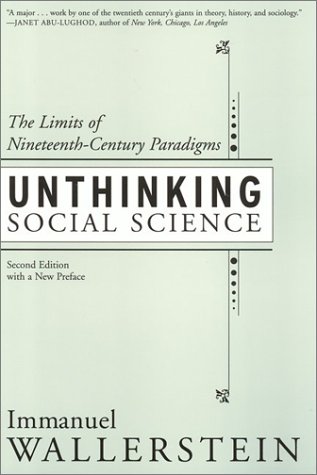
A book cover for Unthinking Social Science: Limits Of 19Th Century Paradigms; Immanuel Wallerstein; Politics & Social Sciences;